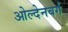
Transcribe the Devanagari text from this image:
ओल्देनबर्ग